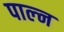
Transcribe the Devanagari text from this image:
पाल्न